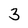
Character: 3